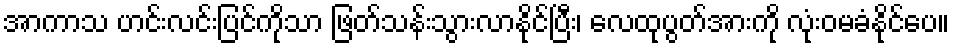
အာကာသ ဟင်းလင်းပြင်ကိုသာ ဖြတ်သန်းသွားလာနိုင်ပြီး၊ လေထုပွတ်အားကို လုံးဝမခံနိုင်ပေ။